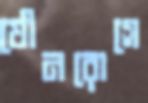
যৌনরোগে